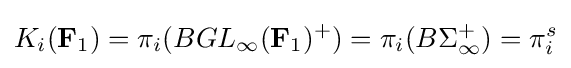
K_{i}(\mathbf {F} _{1})=\pi _{i}(BGL_{\infty }(\mathbf {F} _{1})^{+})=\pi _{i}(B\Sigma _{\infty }^{+})=\pi _{i}^{s}